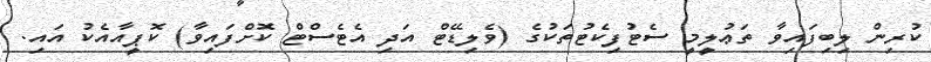
ކުރިން ލިބިފައިވާ ތަޢުލީމީ ސެޓުފިކެޓުތަކުގެ (ވެލިޑޭޓް އަދި އެޓެސްޓް ކޮށްފައިވާ) ކޮޕީއާއެކު އައި.